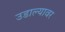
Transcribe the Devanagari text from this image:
उडाल्यावर